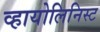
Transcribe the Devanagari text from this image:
व्हायोलिनिस्ट